Annual vaccination report of Bihar and Orissa - 1911-1928
Year: 1911
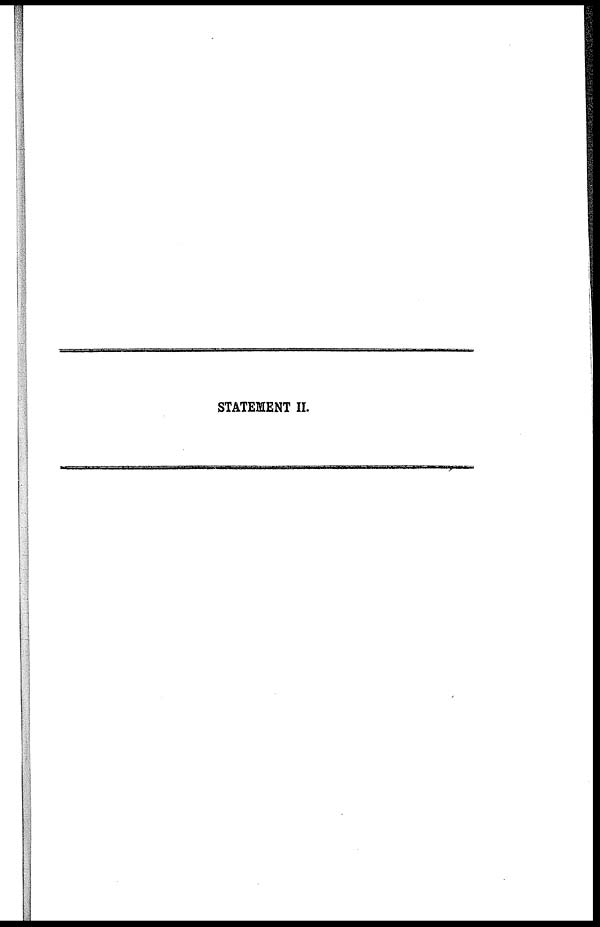
STATEMENT II.